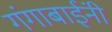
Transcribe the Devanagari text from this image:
गंगाबाईंनी